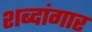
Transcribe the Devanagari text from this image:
शब्दांगार